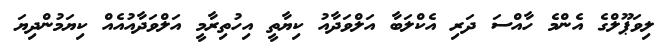
ލިވަޕޫލްގެ އެންމެ ހާއްސަ ދަރި އެކްލަބާ އަލްވަދާއު ކިޔާތީ އިހުތިރާމީ އަލްވަދާއުއެއް ކިޔަމުންދިޔަ